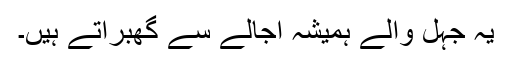
یہ جہل والے ہمیشہ اُجالے سے گھبراتے ہیں۔